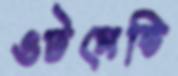
ওটমেন্ডি